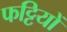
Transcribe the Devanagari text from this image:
फट्टियों